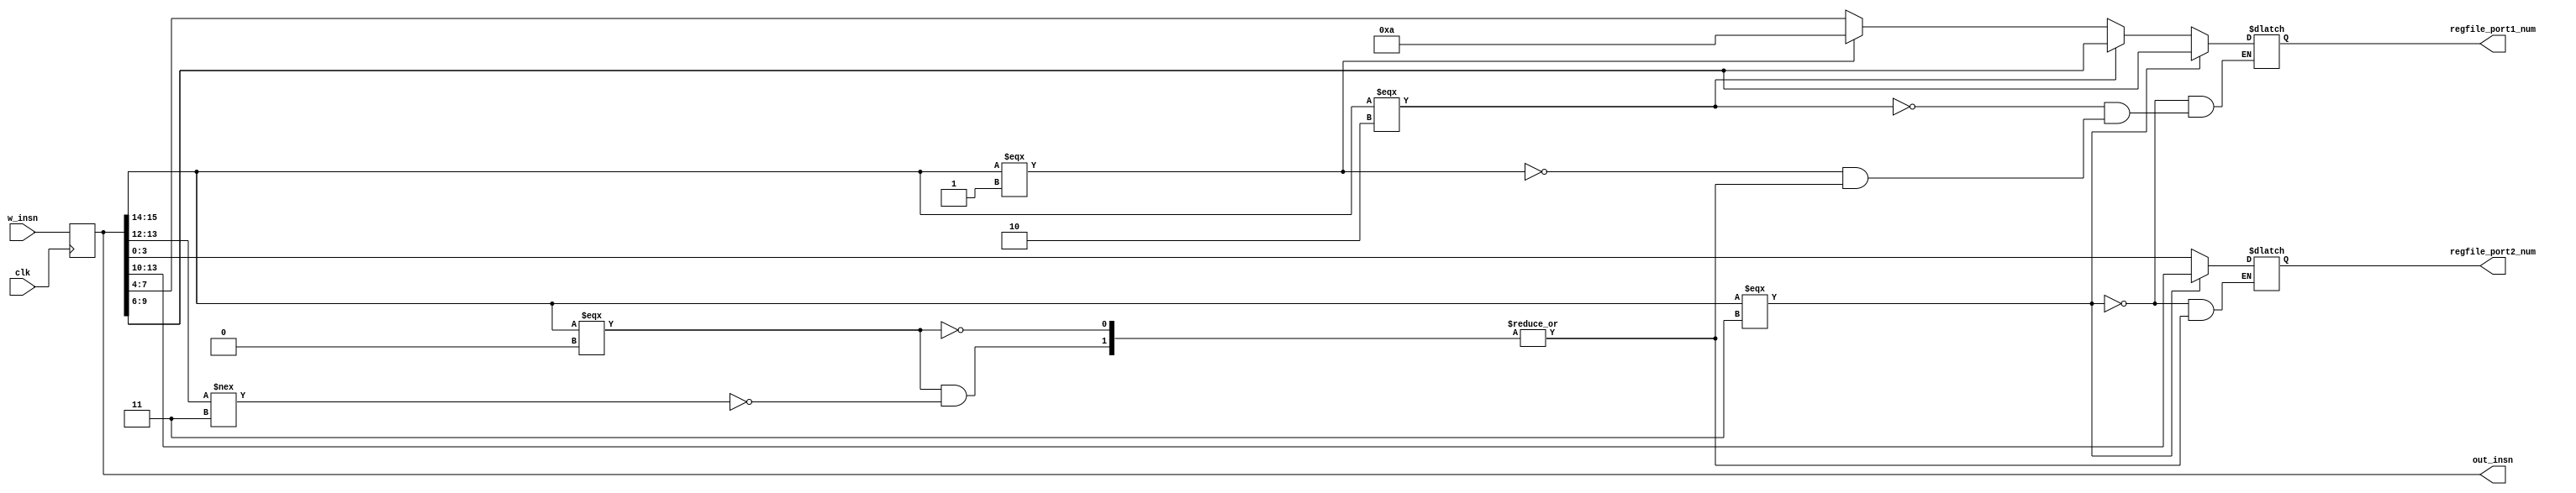
module Decoder(
    input wire clk,
    input wire [15:0] w_insn,
    output wire [15:0] out_insn,
    output reg [3:0] regfile_port1_num,
    output reg [3:0] regfile_port2_num
);

wire [3:0] dst_reg_num;
wire [3:0] op1_reg_num;
wire [3:0] op2_reg_num;
wire [3:0] store_value_reg;
wire [3:0] base_addr_reg;
reg [15:0] insn;

assign out_insn = insn;
assign {op1_reg_num, op2_reg_num} = insn[7:0];
assign base_addr_reg = insn[9:6];
assign store_value_reg = insn[13:10];

always @(posedge clk) begin
    insn <= w_insn;
end

always @(*) begin
    if (insn[15:14] === 2'b00) begin
        if (insn[13:12] !== 2'b11)
        begin
            regfile_port1_num <= op1_reg_num;
            regfile_port2_num <= op2_reg_num;
        end
    end
    if (insn[15:14] === 2'b01) begin
        regfile_port1_num <= 16'd10;
    end
    if (insn[15:14] === 2'b10) begin
        regfile_port1_num <= base_addr_reg;
    end
    if (insn[15:14] === 2'b11) begin
        regfile_port1_num <= base_addr_reg;
        regfile_port2_num <= store_value_reg;
    end
end

endmodule